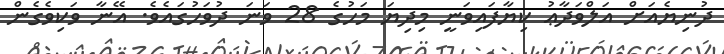
ދުނިޔެއަށް އަލްވަދާޢު ކިޔާފައިވަނީ މިދިޔަ މަހުގެ 28 ވަނަ ދުވަހުގައެވެ. އޭނާ ވަކިވެގެން